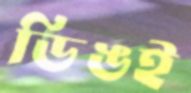
ডিঙই